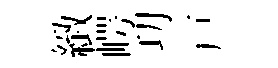
緻崿㓛戸